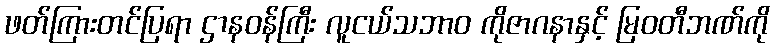
ဖတ်ကြားတင်ပြရာ ဌာနဝန်ကြီး လူငယ်သဘာ၀ ကိုဇာဂနာနှင့် မြဝတီဘဏ်ကို